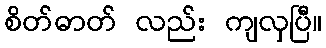
စိတ်ဓာတ် လည်း ကျလှပြီ။